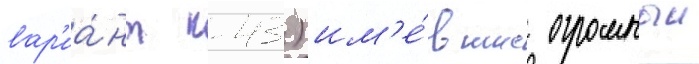
вар'иа́нт к-43) им'е́вшие огромныи